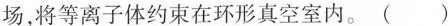
场，将等离子体约束在环形真空室内。 ( )